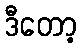
ဒီတော့